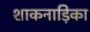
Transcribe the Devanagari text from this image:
शाकनाड़िका